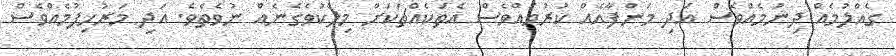
ގެއްލުމެއް ދިނުމެއްވެސް އަދި މަންފާއެއް ކުރުމެއްވެސް އެތަކެއްޗަކަށް މިލްކުވެގެނެއް ނުވެތެވެ. އަދި މަރުހިފުމެއްވެސް